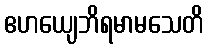
ဧဟယျေဘိရမာမသေတိ